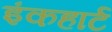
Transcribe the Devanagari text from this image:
इंकहार्ट